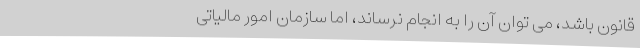
قانون باشد، می توان آن را به انجام نرساند، اما سازمان امور مالیاتی